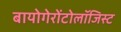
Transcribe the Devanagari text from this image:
बायोगेरोंटोलॉजिस्ट